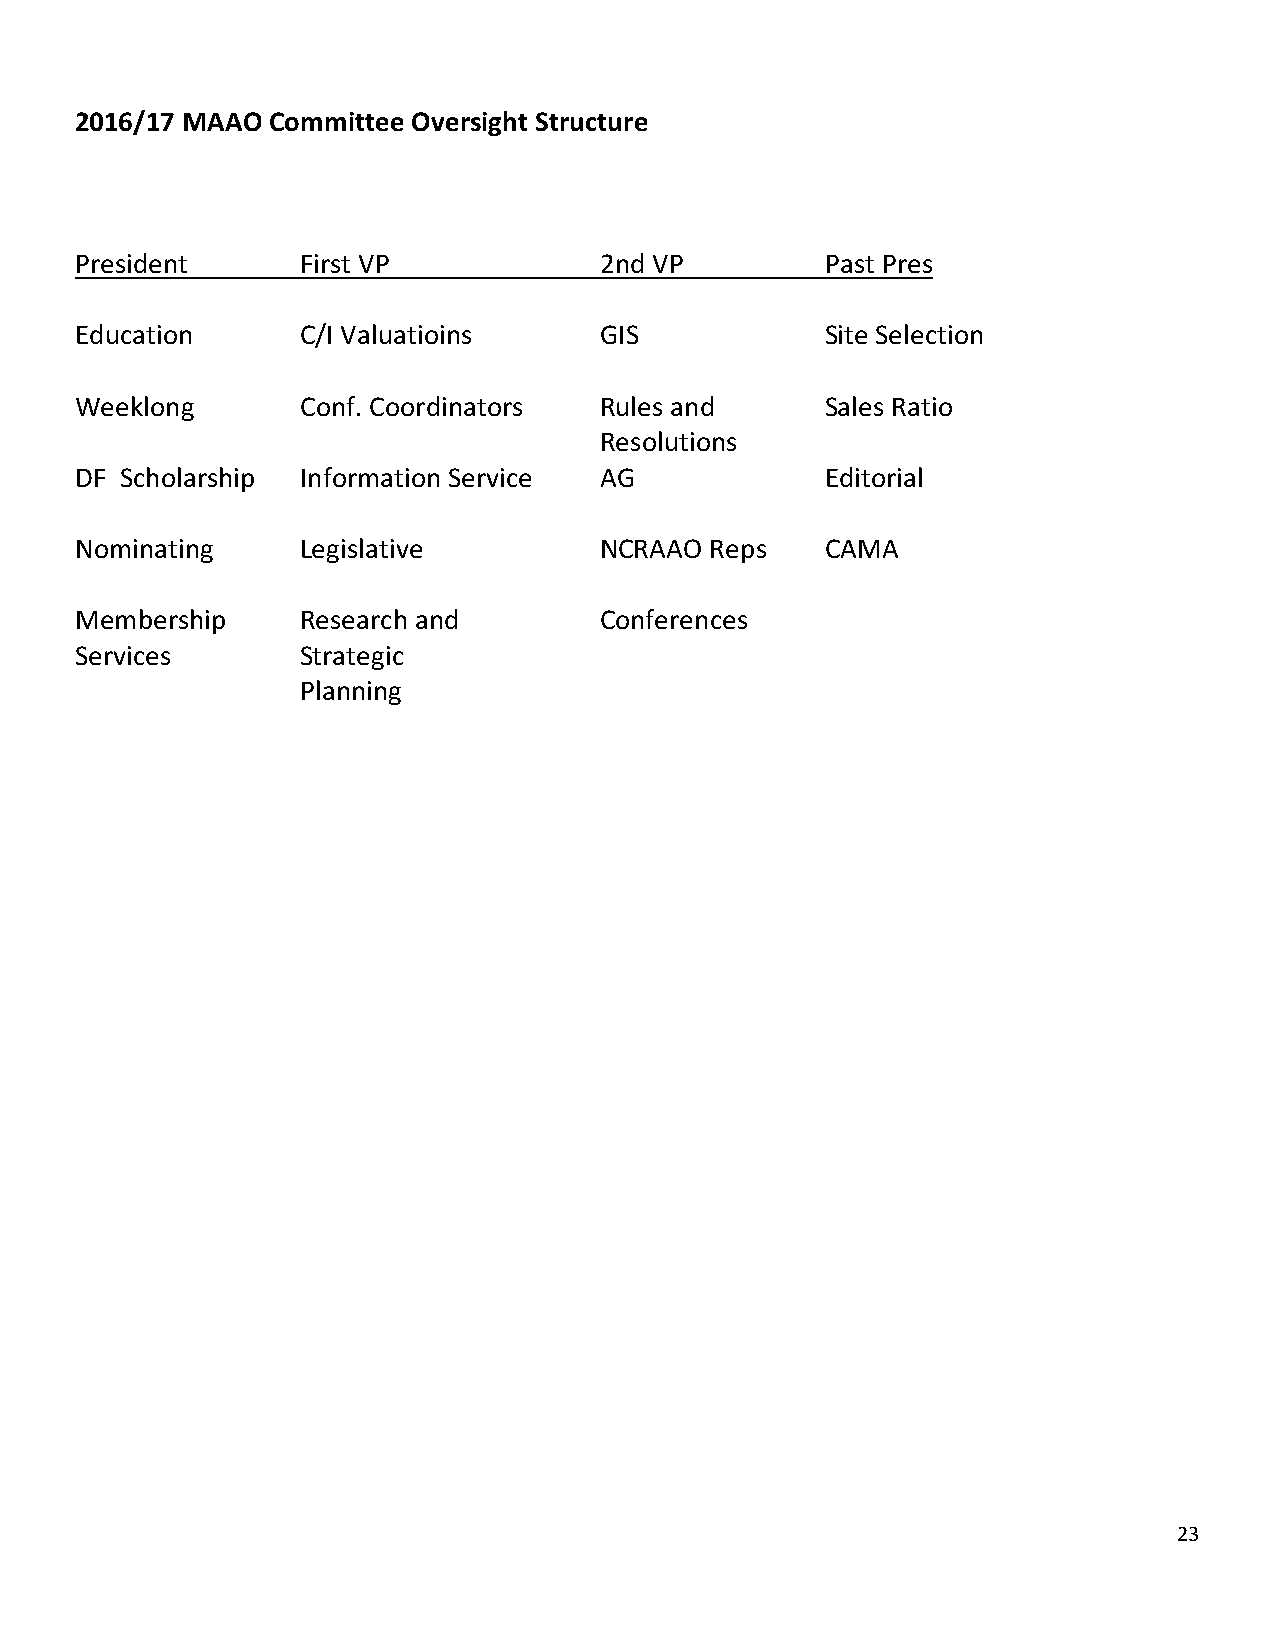
2016/17 MAAO Committee Oversight Structure
 President      First VP            2nd VP         Past Pres
 Education      C/I Valuatioins     GIS            Site Selection
 Weeklong       Conf. Coordinators  Rules and      Sales Ratio
 Resolutions
 DF Scholarship Information Service AG             Editorial
 Nominating     Legislative         NCRAAO Reps    CAMA
 Membership     Research and        Conferences
 Services       Strategic
 Planning
 23